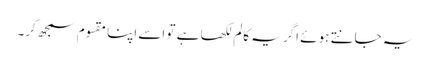
یہ جانتے ہوئے اگر یہ کالم لکھا ہے تو اسے اپنا مقسوم سمجھ کر۔